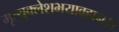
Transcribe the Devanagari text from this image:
मृत्युक्लेशभयावहान्।।